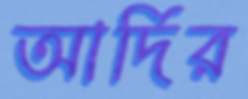
আর্দির